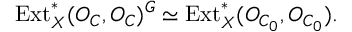
\mathrm { E x t } _ { X } ^ { * } ( { \cal O } _ { C } , { \cal O } _ { C } ) ^ { G } \simeq \mathrm { E x t } _ { X } ^ { * } ( { \cal O } _ { C _ { 0 } } , { \cal O } _ { C _ { 0 } } ) .